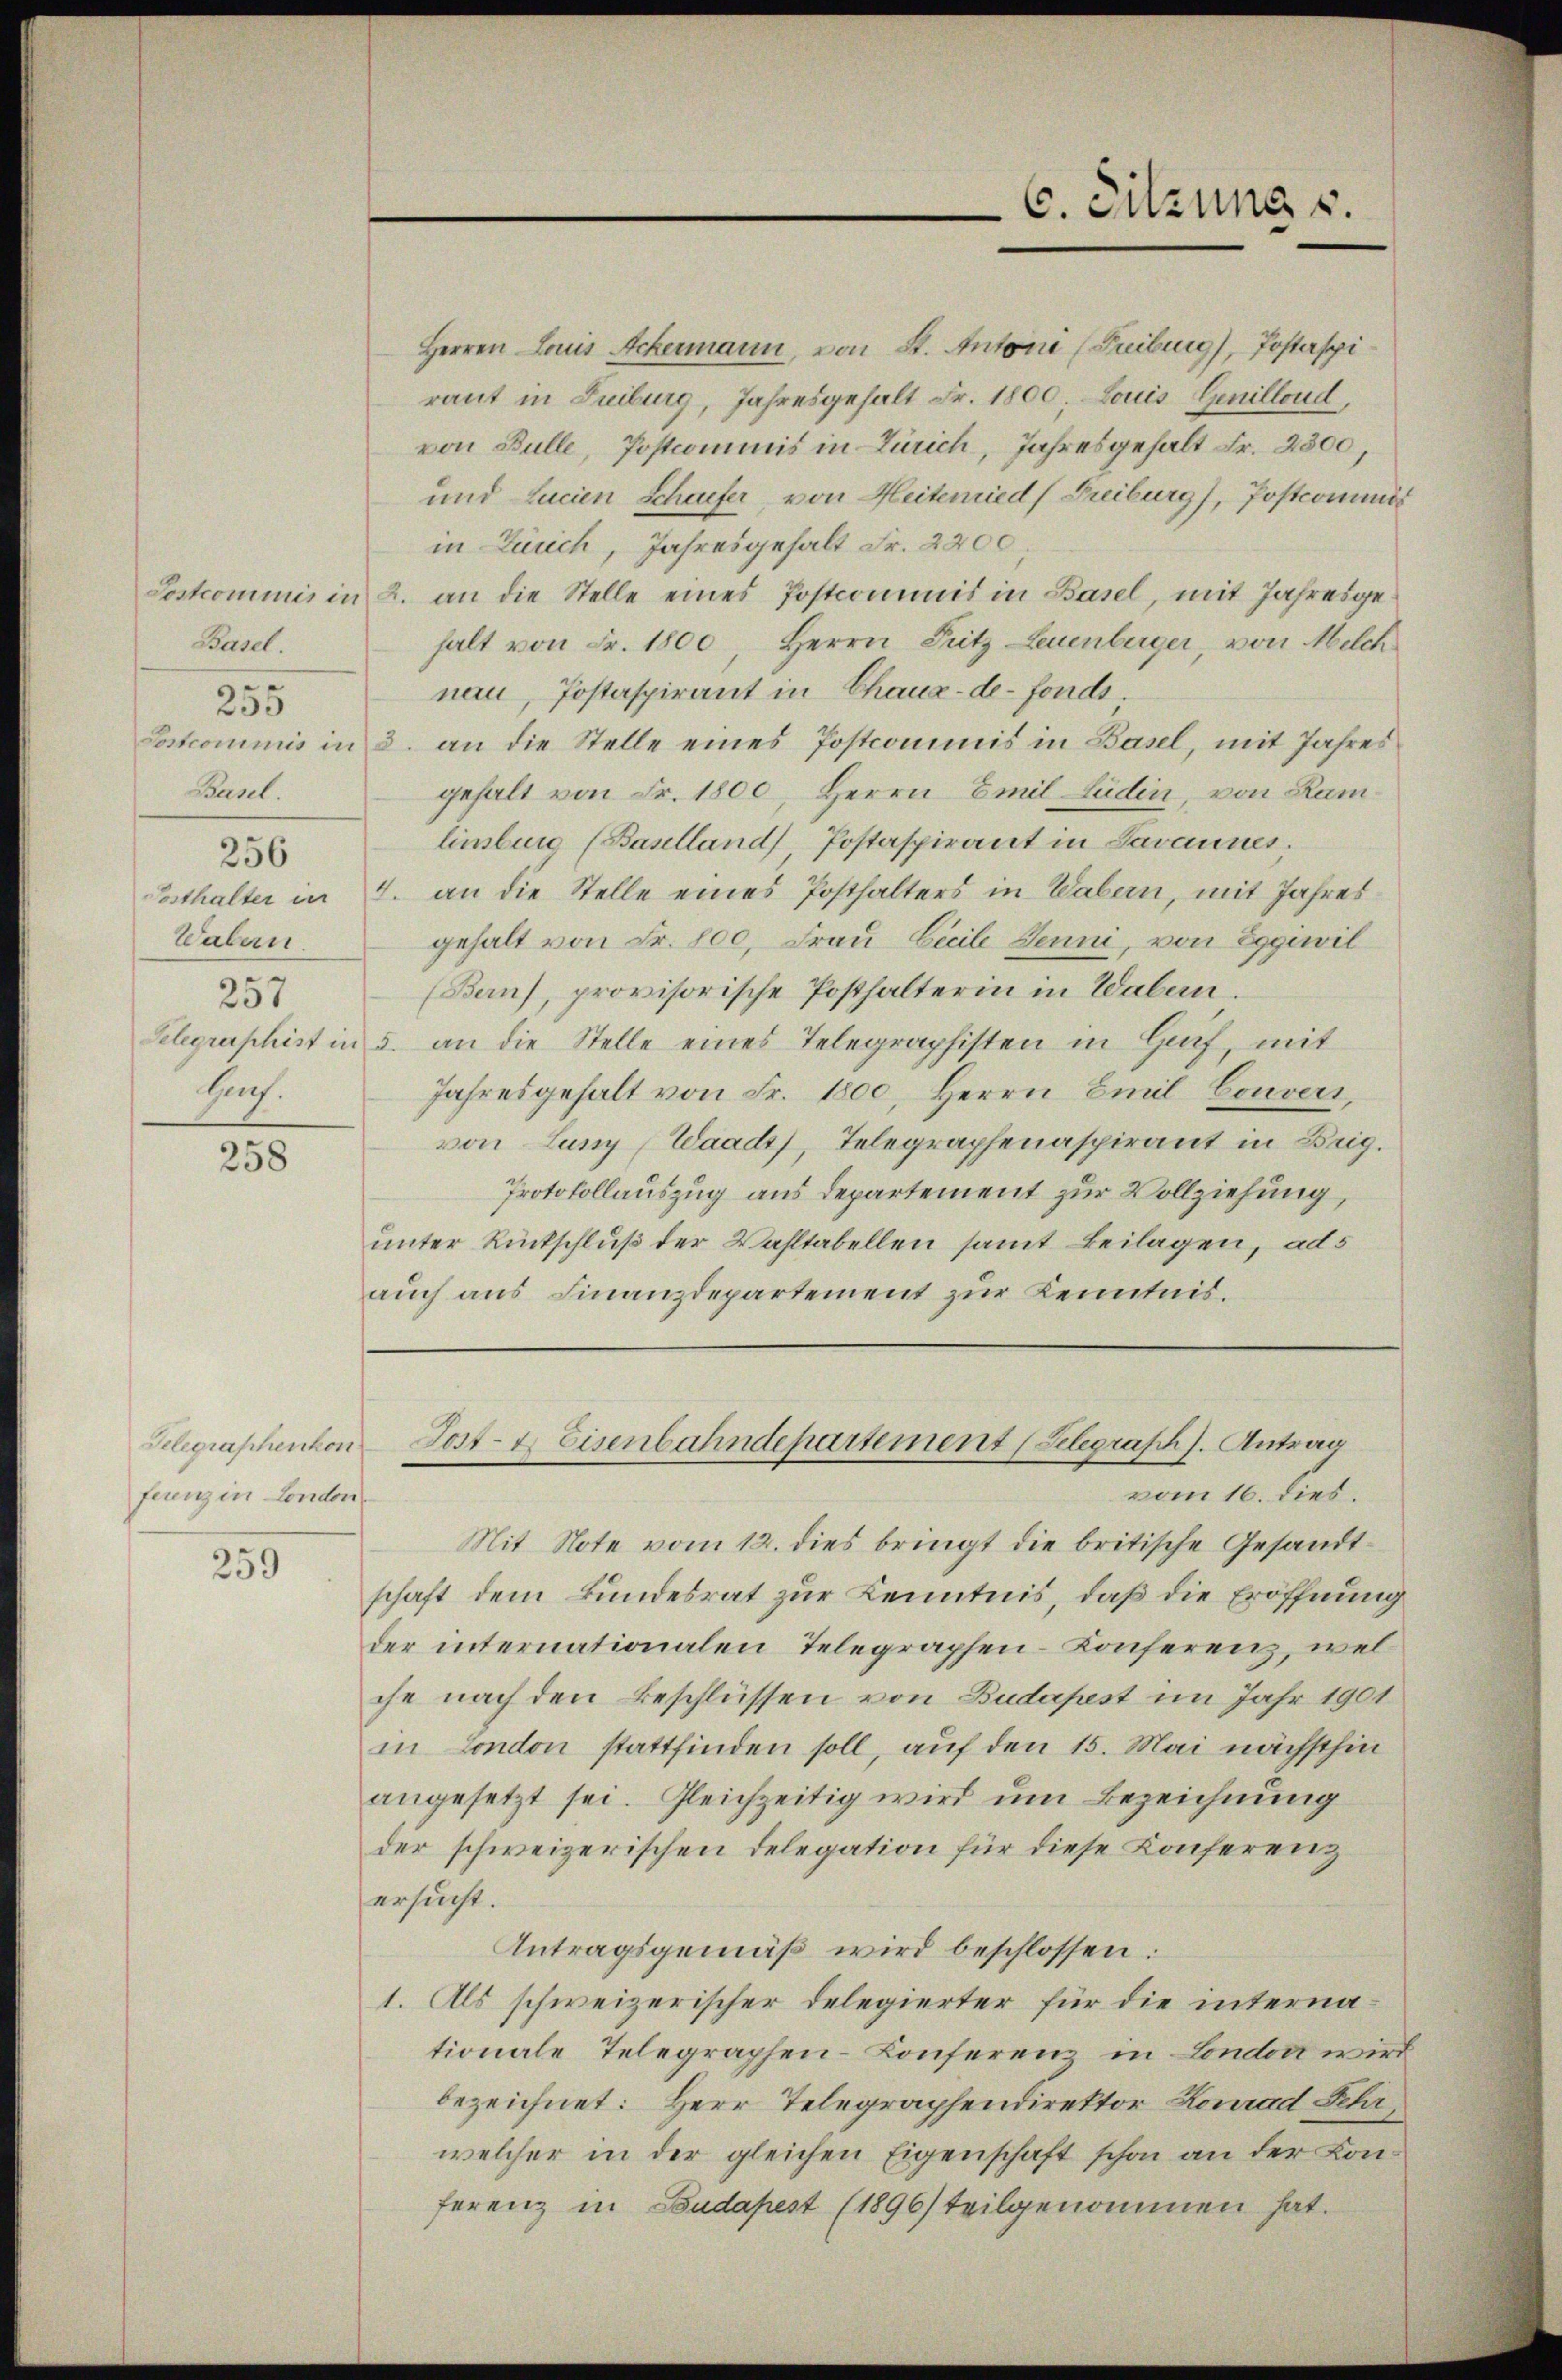
Basel.
5
233
Basel.
256
Wabern.
257
Huch.

258

Telegraphenkon
ferenz in London

259

Herren Louis Ackermann, von St. Antoni (Freiburg), Postaspiraut in Duiburg, Jahresgehalt Fr. 1800. Louis Genillond,
von Bulle, Postcommis in Zürich, Jahresgehalt Fr. 2300,
und Lucien Schaufer, von Heitemied (Freiburg), Postcommis
in Zürich, Jahresgehalt Fr. 2200,
Postcommis in 2. an die Stelle eines Postcommit in Basel, mit Jahresgehalt von Fr. 1800, Herrn Pritz Leuenberger, von Melch
nau, Postaspirant in Chaux-de-Fonds
Sostcommis in 3. an die Stelle eines Postcommis in Basel, mit Jahres
gehalt von Fr. 1800, Herrn Emil Ludin, von Ram
linburg (Baselland Postaspirant in Savannes.
Posthalter in 4. an die Stelle eines Posthalters in Wabern, mit Jahres
gehalt von Fr. 800. Frau Licile Jenni, von Eggiwil
(Bern), provisorische Posthalterin in Wabern.
Selegraphist in 5. an die Stelle eines Telegraphisten in Gaif, mit
Jahresgehalt von Fr. 1800. Herrn Emil Couvers,
von Juny (Waadt, Telegraphenaspirant in Beig.
Protokollauszug aus Departement zur Vollziehung,
unter Rückschluß der Wahltabellen samt Beilagen, als
auch aus Finanzdepartement zur Kenntnis.

vom 16. dies.
Mit Note vom 12. dies bringt die britische Gesandtschaft dem Bundesrat zur Kenntnis, daß die Eröffnung
der internationalen Telegraphen-Konferenz, welche nach den Beschlüssen von Budapest im Jahr 1901
in London stattfinden soll, auf den 15. Mai nächsthin
angesetzt sei. Gleichzeitig wird um Bezeichnung
der schweizerischen Delegation für diese Konferenz
ersucht.
Antragsgemäß wird beschlossen:
1. Als schweizerischer Delegierter für die internationale Telegraphen-Konferenz in London wird
bezeichnet: Herr Telegraphendirektor Konrad Sehr
welcher in der gleichen Eigenschaft schon an der Conferenz in Budapest (1896) teilgenommen hat.

C. Sitzung s.

Tost- u. Eisenbahndepartement (Belegraph s. Antrag